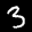
Label: 3